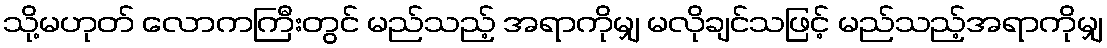
သို့မဟုတ် လောကကြီးတွင် မည်သည့် အရာကိုမျှ မလိုချင်သဖြင့် မည်သည့်အရာကိုမျှ